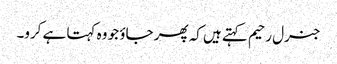
جنرل رحیم کہتے ہیں کہ پھر جاؤ جو وہ کہتا ہے کرو۔